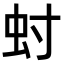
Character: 䖞